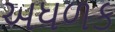
અધળક